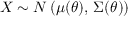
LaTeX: \, X \sim N \left( \mu ( \theta ) , \, \Sigma ( \theta ) \right)